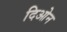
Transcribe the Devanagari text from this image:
दिओन